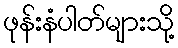
ဖုန်းနံပါတ်များသို့